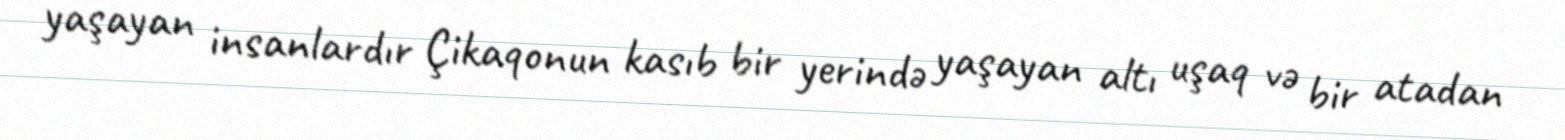
yaşayan insanlardır Çikaqonun kasıb bir yerində yaşayan altı uşaq və bir atadan